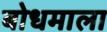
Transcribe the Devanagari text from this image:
बोधमाला